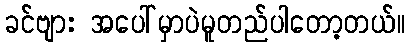
ခင်ဗျား အပေါ်မှာပဲမူတည်ပါတော့တယ်။